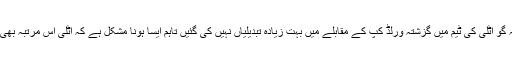
فٹ بال کے ماہرین کہتے ہیں کہ گو اٹلی کی ٹیم میں گزشتہ ورلڈ کپ کے مقابلے میں بہت زیادہ تبدیلیاں نہیں کی گئیں تاہم ایسا ہونا مشکل ہے کہ اٹلی اس مرتبہ بھی فٹ بال کا ورلڈ کپ جیت جائے۔